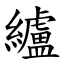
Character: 纑